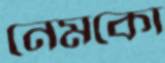
নেমকো